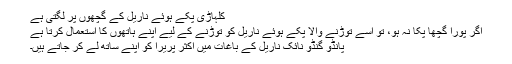
کلہاڑی پکے ہوئے ناریل کے گچھوں پر لگتی ہے
اگر پورا گچھا پکا نہ ہو، تو اسے توڑنے والا پکے ہوئے ناریل کو توڑنے کے لیے اپنے ہاتھوں کا استعمال کرتا ہے
پانڈو گنڈو نائک ناریل کے باغات میں اکثر پریرا کو اپنے ساتھ لے کر جاتے ہیں۔